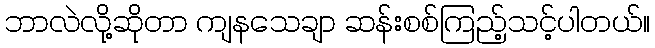
ဘာလဲလို့ဆိုတာ ကျနသေချာ ဆန်းစစ်ကြည့်သင့်ပါတယ်။